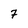
Character: 7